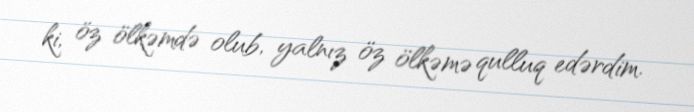
ki, öz ölkəmdə olub, yalnız öz ölkəmə qulluq edərdim.